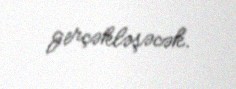
gerçəkləşəcək.